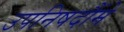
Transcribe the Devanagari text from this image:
उपनिषदौंमे